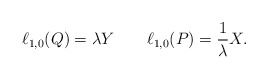
\begin{align*}\ell_{1,0}(Q)=\lambda Y\quad\quad\ell_{1,0}(P)=\frac 1{\lambda}X.\end{align*}